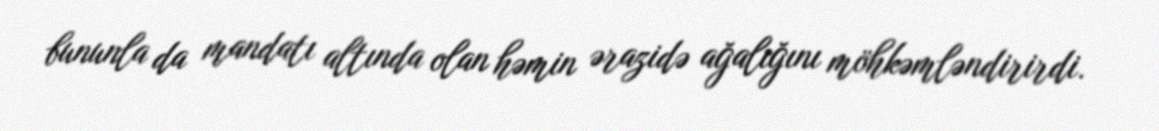
bununla da mandatı altında olan həmin ərazidə ağalığını möhkəmləndirirdi.